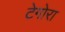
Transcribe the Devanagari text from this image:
टेगोरा